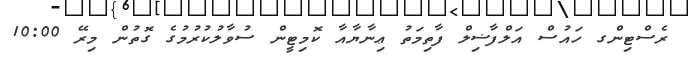
ރެސްޓިންގ ހައުސް އަލްފާޟިލް ފާތިމަތު ޢިނާޔާއާ ކޮމިޓީން ސުވާލުކުރުމުގެ ގޮތުން މިރޭ 10:00